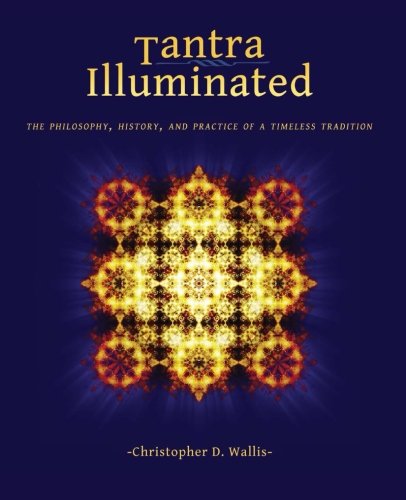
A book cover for Tantra Illuminated: The Philosophy, History, and Practice of a Timeless Tradition; Christopher D Wallis; Politics & Social Sciences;